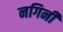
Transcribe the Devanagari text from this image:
नगिनी